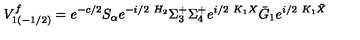
V _ { 1 ( - 1 / 2 ) } ^ { f } = e ^ { - c / 2 } S _ { \alpha } e ^ { - i / 2 \ H _ { 2 } } \Sigma _ { 3 } ^ { + } \Sigma _ { 4 } ^ { + } e ^ { i / 2 \ K _ { 1 } X } \bar { G } _ { 1 } e ^ { i / 2 \ K _ { 1 } \bar { X } }